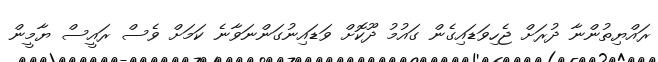
ރައްޔިތުންނާ ދުރަށް ޖެހިވަޑައިގެން ގައުމު ދޫކޮށް ވަޑައިނުގަންނަވާނެ ކަމަށް ވެސް ރައީސް ޔާމީން